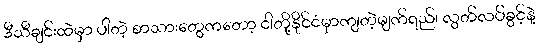
ဒီသီချင်းထဲမှာ ပါတဲ့ စာသားတွေကတော့ ငါတို့နိုင်ငံမှာကျတဲ့မျက်ရည်၊ လွတ်လပ်ခွင့်နဲ့